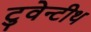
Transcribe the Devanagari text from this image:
टुवेन्टीथ